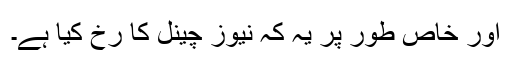
اور خاص طور پر یہ کہ نیوز چینل کا رخ کیا ہے۔